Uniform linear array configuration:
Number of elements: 4
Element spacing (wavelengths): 0.5
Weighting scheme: kaiser
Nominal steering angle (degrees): -60
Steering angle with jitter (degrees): -61.449
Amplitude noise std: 0.05
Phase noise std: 0.05

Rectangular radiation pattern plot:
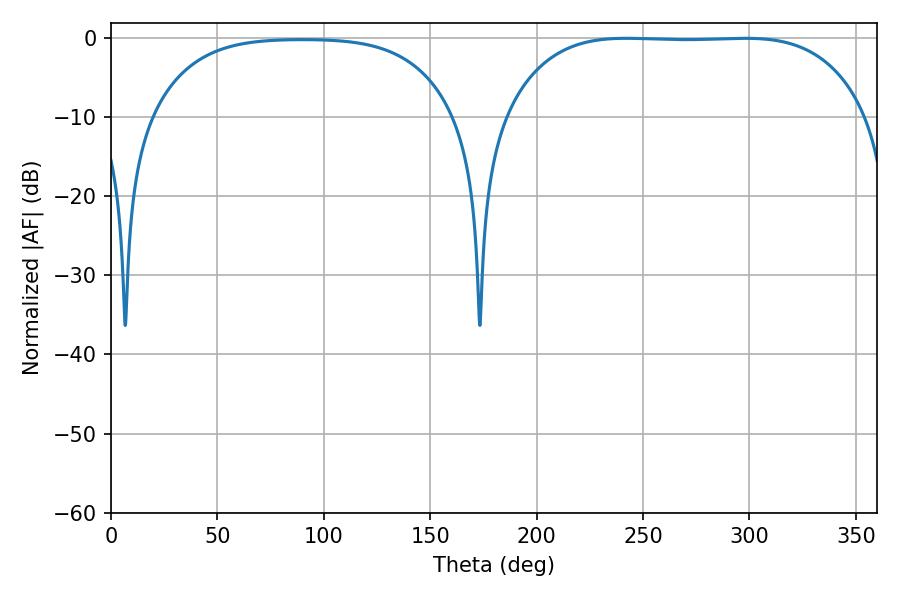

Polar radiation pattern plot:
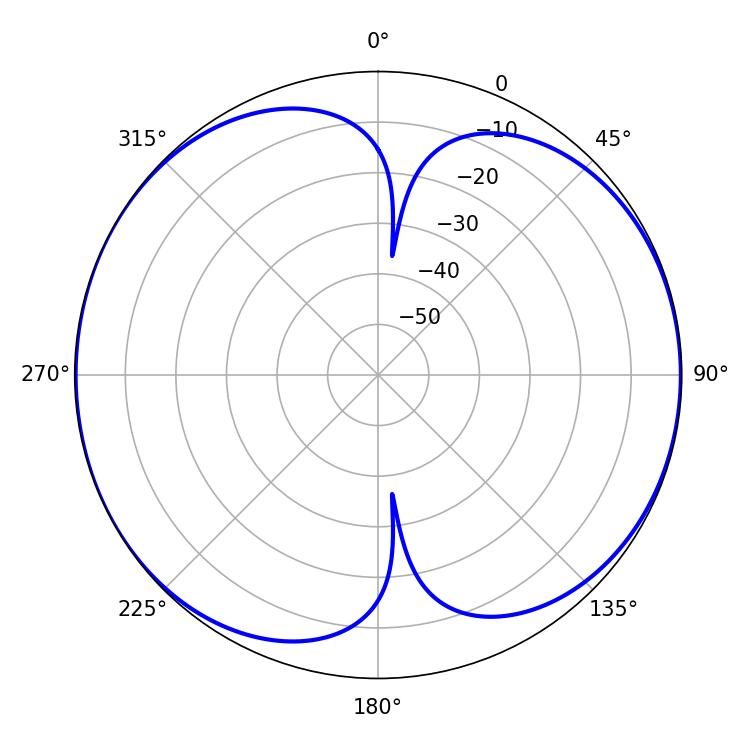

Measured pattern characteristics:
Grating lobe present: FALSE
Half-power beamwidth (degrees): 131.4
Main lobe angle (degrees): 242.28